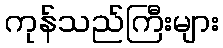
ကုန်သည်ကြီးများ